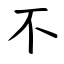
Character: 不